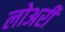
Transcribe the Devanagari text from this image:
लोअरी